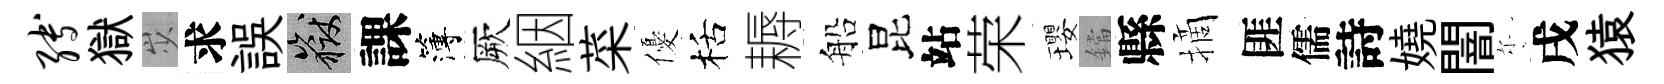
缚獄𡵯求誤岳課簿厥絪菜優栝耨船昆站荣瓔鐺縣摘匪儒詩嬈闇尓戌猿